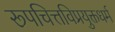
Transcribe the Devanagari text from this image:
रूपचित्तविप्रयुक्तधर्म